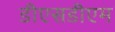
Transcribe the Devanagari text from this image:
डीएसडीएम